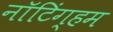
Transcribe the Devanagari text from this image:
नाॅटिंग्हम